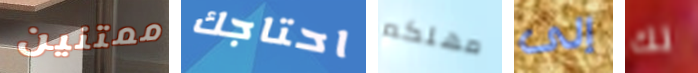
ممتنين احتاجك مهلكم إلى لك